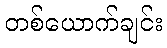
တစ်ယောက်ချင်း